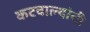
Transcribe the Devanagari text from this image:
कटवाल्यांची